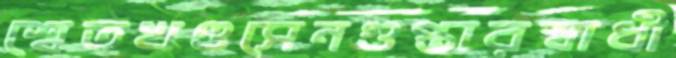
শ্বেতখণ্ডসেনগুপ্তারস্বাধী